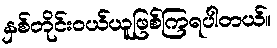
နှစ်တိုင်းဝယ်ယူဖြစ်ကြရပါတယ်။